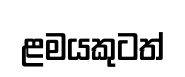
ළමයකුටත්